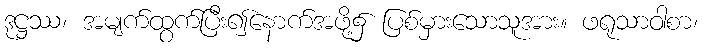
ဒုဋ္ဌဿ၊ အမျက်ထွက်ပြီး၍နောက်အဖို့၌ ပြစ်မှားသောသူအား။ ဖရုသာဝါစာ၊